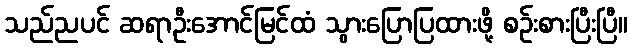
သည်ညပင် ဆရာဦးအောင်မြင်ထံ သွားပြောပြထားဖို့ စဉ်းစားပြီးပြီ။